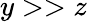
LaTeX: y>>z